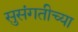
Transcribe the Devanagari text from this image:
सुसंगतीच्या